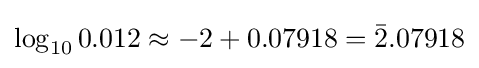
\log _{10}0.012\approx -2+0.07918={\bar {2}}.07918